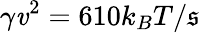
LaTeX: \gamma\mathit{v}^{2}=610k_{B}T/\mathfrak{s}